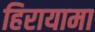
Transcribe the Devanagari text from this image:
हिरायामा